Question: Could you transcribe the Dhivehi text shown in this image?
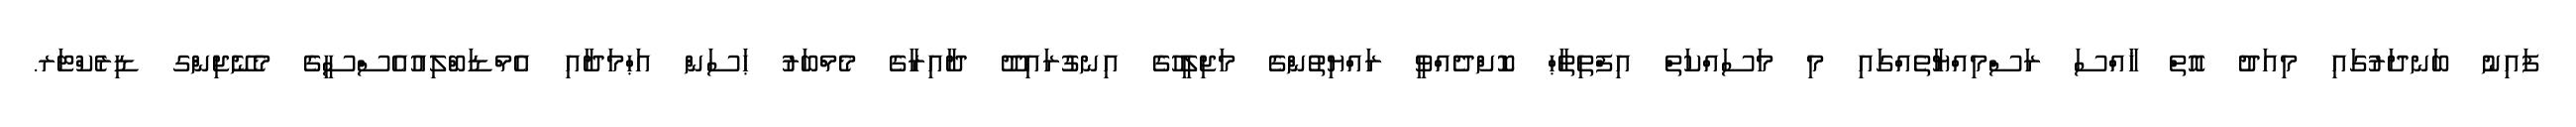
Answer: ފައިނު ބަނދަރުގައި މިއަދު އޮތް ޚާއްސަ ރަސްމިއްޔާތެއްގައި މި މަސައްކަތް އިފްތިތާޙް ކޮށްދެއްވީ ރައްޔިތުންގެ މަޖިލީހުގެ އިނގުރައިދޫ ދާއިރާގެ މެމްބަރު ޙަސަން އަޙްމަދާއި އެމްޑަބްލިއުއެސްސީގެ މެނޭޖިންގ ޑިރެކްޓަރ.